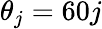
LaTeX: \theta_{j}=60j